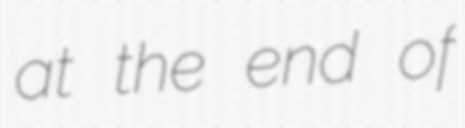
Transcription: at the end of